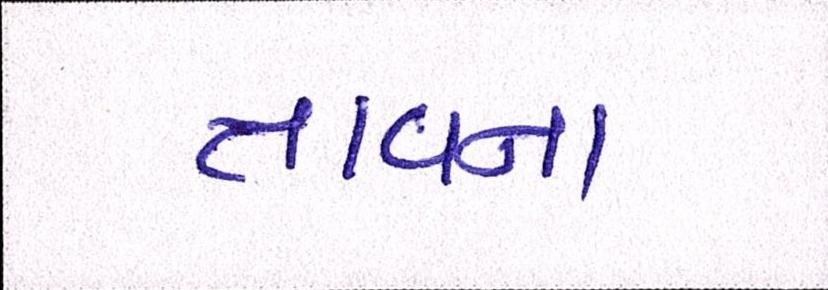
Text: તાવના